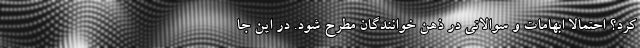
کرد؟ احتمالا ابهامات و سوالاتی در ذهن خوانندگان مطرح شود. در این جا